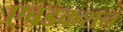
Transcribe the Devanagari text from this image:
एबडकशन